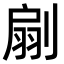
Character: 𠞛